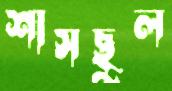
শাসছুল